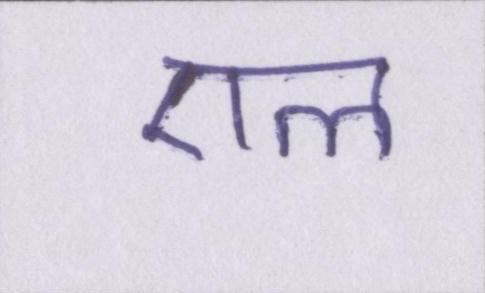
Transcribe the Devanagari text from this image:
एल